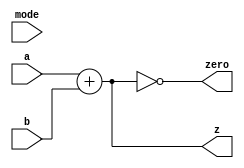
/* Generated by Yosys 0.23 (git sha1 7ce5011c24b, gcc 11.3.0 -fPIC -Os) */

(* hdlname = "\\ALU" *)
(* src = "rtl/mps/ALU.v:1.1-9.10" *)
module ALU(z, zero, a, b, mode);
  (* src = "rtl/mps/ALU.v:4.18-4.19" *)
  input [31:0] a;
  wire [31:0] a;
  (* src = "rtl/mps/ALU.v:4.21-4.22" *)
  input [31:0] b;
  wire [31:0] b;
  (* src = "rtl/mps/ALU.v:5.17-5.21" *)
  input [3:0] mode;
  wire [3:0] mode;
  (* src = "rtl/mps/ALU.v:2.19-2.20" *)
  output [31:0] z;
  wire [31:0] z;
  (* src = "rtl/mps/ALU.v:3.12-3.16" *)
  output zero;
  wire zero;
  assign z = a + (* src = "rtl/mps/ALU.v:7.16-7.21" *) b;
  assign zero = ! (* src = "rtl/mps/ALU.v:8.19-8.25" *) z;
endmodule

(* hdlname = "\\ALUControl" *)
(* src = "rtl/mps/ALUControl.v:1.1-7.10" *)
module ALUControl(mode, op, func);
  (* src = "rtl/mps/ALUControl.v:4.17-4.21" *)
  input [5:0] func;
  wire [5:0] func;
  (* src = "rtl/mps/ALUControl.v:2.18-2.22" *)
  output [3:0] mode;
  wire [3:0] mode;
  (* src = "rtl/mps/ALUControl.v:3.11-3.13" *)
  input op;
  wire op;
  assign mode = 4'h0;
endmodule

(* hdlname = "\\CPU" *)
(* top =  1  *)
(* src = "rtl/mps/CPU.v:1.1-104.10" *)
module CPU(instr, pc, rval, wval, addr, write, clock, nreset);
  (* src = "rtl/mps/CPU.v:56.16-56.41" *)
  wire [4:0] _0_;
  (* src = "rtl/mps/CPU.v:83.12-83.33" *)
  wire [31:0] _1_;
  (* src = "rtl/mps/CPU.v:5.25-5.29" *)
  output [31:0] addr;
  wire [31:0] addr;
  (* src = "rtl/mps/CPU.v:69.16-69.24" *)
  wire [3:0] alu_mode;
  (* src = "rtl/mps/CPU.v:36.16-36.22" *)
  wire alu_op;
  (* src = "rtl/mps/CPU.v:35.58-35.65" *)
  wire alu_sel;
  (* src = "rtl/mps/CPU.v:77.17-77.22" *)
  wire [31:0] alu_z;
  (* src = "rtl/mps/CPU.v:78.10-78.18" *)
  wire alu_zero;
  (* src = "rtl/mps/CPU.v:35.27-35.33" *)
  wire branch;
  (* src = "rtl/mps/CPU.v:7.11-7.16" *)
  input clock;
  wire clock;
  (* src = "rtl/mps/CPU.v:50.23-50.24" *)
  wire [31:0] d;
  (* src = "rtl/mps/CPU.v:22.16-22.20" *)
  wire [5:0] func;
  (* src = "rtl/mps/CPU.v:20.17-20.20" *)
  wire [15:0] imm;
  (* src = "rtl/mps/CPU.v:62.17-62.24" *)
  wire [31:0] imm_ext;
  (* src = "rtl/mps/CPU.v:2.18-2.23" *)
  input [31:0] instr;
  wire [31:0] instr;
  (* src = "rtl/mps/CPU.v:35.21-35.25" *)
  wire jump;
  (* src = "rtl/mps/CPU.v:21.17-21.26" *)
  wire [25:0] jump_addr;
  (* src = "rtl/mps/CPU.v:35.35-35.45" *)
  wire mem_to_reg;
  (* src = "rtl/mps/CPU.v:10.17-10.24" *)
  wire [31:0] next_pc;
  (* src = "rtl/mps/CPU.v:7.18-7.24" *)
  input nreset;
  wire nreset;
  (* src = "rtl/mps/CPU.v:22.22-22.24" *)
  wire [5:0] op;
  (* src = "rtl/mps/CPU.v:3.19-3.21" *)
  output [31:0] pc;
  wire [31:0] pc;
  (* src = "rtl/mps/CPU.v:19.30-19.35" *)
  wire [4:0] reg_d;
  (* src = "rtl/mps/CPU.v:35.10-35.19" *)
  wire reg_d_sel;
  (* src = "rtl/mps/CPU.v:19.16-19.21" *)
  wire [4:0] reg_s;
  (* src = "rtl/mps/CPU.v:19.23-19.28" *)
  wire [4:0] reg_t;
  (* src = "rtl/mps/CPU.v:35.67-35.76" *)
  wire reg_write;
  (* src = "rtl/mps/CPU.v:4.18-4.22" *)
  input [31:0] rval;
  wire [31:0] rval;
  (* src = "rtl/mps/CPU.v:50.17-50.18" *)
  wire [31:0] s;
  (* src = "rtl/mps/CPU.v:50.20-50.21" *)
  wire [31:0] t;
  (* src = "rtl/mps/CPU.v:6.12-6.17" *)
  output write;
  wire write;
  (* src = "rtl/mps/CPU.v:5.19-5.23" *)
  output [31:0] wval;
  wire [31:0] wval;
  assign _0_ = reg_d_sel ? (* src = "rtl/mps/CPU.v:56.16-56.41" *) reg_d : reg_t;
  assign _1_ = alu_sel ? (* src = "rtl/mps/CPU.v:83.12-83.33" *) imm_ext : t;
  assign d = mem_to_reg ? (* src = "rtl/mps/CPU.v:92.16-92.41" *) rval : alu_z;
  (* module_not_derived = 32'd1 *)
  (* src = "rtl/mps/CPU.v:79.9-85.6" *)
  ALU alu (
    .a(s),
    .b(_1_),
    .mode(alu_mode),
    .z(alu_z),
    .zero(alu_zero)
  );
  (* module_not_derived = 32'd1 *)
  (* src = "rtl/mps/CPU.v:70.16-74.6" *)
  ALUControl c_aluctrl (
    .func(func),
    .mode(alu_mode),
    .op(alu_op)
  );
  (* module_not_derived = 32'd1 *)
  (* src = "rtl/mps/CPU.v:37.13-47.6" *)
  Control c_ctrl (
    .alu_op(alu_op),
    .alu_sel(alu_sel),
    .branch(branch),
    .jump(jump),
    .mem_to_reg(mem_to_reg),
    .mem_write(write),
    .op(op),
    .reg_d_sel(reg_d_sel),
    .reg_write(reg_write)
  );
  (* module_not_derived = 32'd1 *)
  (* src = "rtl/mps/CPU.v:23.24-32.6" *)
  InstructionDecoder c_id (
    .func(func),
    .imm(imm),
    .instr(instr),
    .jump_addr(jump_addr),
    .op(op),
    .reg_d(reg_d),
    .reg_s(reg_s),
    .reg_t(reg_t)
  );
  (* module_not_derived = 32'd1 *)
  (* src = "rtl/mps/CPU.v:11.20-16.6" *)
  ProgramCounter c_pc (
    .clock(clock),
    .next_pc(next_pc),
    .nreset(nreset),
    .pc(pc)
  );
  (* module_not_derived = 32'd1 *)
  (* src = "rtl/mps/CPU.v:51.18-59.6" *)
  RegisterFile c_regfile (
    .d(d),
    .reg_d(_0_),
    .reg_s(reg_s),
    .reg_t(reg_t),
    .reg_write(reg_write),
    .s(s),
    .t(t)
  );
  (* module_not_derived = 32'd1 *)
  (* src = "rtl/mps/CPU.v:63.18-66.6" *)
  SignExtender c_se (
    .imm(imm),
    .imm_ext(imm_ext)
  );
  (* module_not_derived = 32'd1 *)
  (* src = "rtl/mps/CPU.v:95.12-103.6" *)
  PCNext pc_next (
    .addr(jump_addr),
    .branch(branch),
    .imm(imm_ext),
    .jump(jump),
    .next_pc(next_pc),
    .pc(pc),
    .zero(alu_zero)
  );
  assign addr = alu_z;
  assign wval = t;
endmodule

(* hdlname = "\\Control" *)
(* src = "rtl/mps/Control.v:3.1-9.10" *)
module Control(reg_d_sel, jump, branch, mem_to_reg, mem_write, alu_sel, reg_write, alu_op, op);
  (* src = "rtl/mps/Control.v:5.18-5.24" *)
  output alu_op;
  wire alu_op;
  (* src = "rtl/mps/Control.v:4.60-4.67" *)
  output alu_sel;
  wire alu_sel;
  (* src = "rtl/mps/Control.v:4.29-4.35" *)
  output branch;
  wire branch;
  (* src = "rtl/mps/Control.v:4.23-4.27" *)
  output jump;
  wire jump;
  (* src = "rtl/mps/Control.v:4.37-4.47" *)
  output mem_to_reg;
  wire mem_to_reg;
  (* src = "rtl/mps/Control.v:4.49-4.58" *)
  output mem_write;
  wire mem_write;
  (* src = "rtl/mps/Control.v:6.17-6.19" *)
  input [5:0] op;
  wire [5:0] op;
  (* src = "rtl/mps/Control.v:4.12-4.21" *)
  output reg_d_sel;
  wire reg_d_sel;
  (* src = "rtl/mps/Control.v:4.69-4.78" *)
  output reg_write;
  wire reg_write;
  assign jump = 1'h0;
endmodule

(* hdlname = "\\InstructionDecoder" *)
(* src = "rtl/mps/InstructionDecoder.v:1.1-15.10" *)
module InstructionDecoder(op, func, reg_s, reg_t, reg_d, imm, jump_addr, instr);
  (* src = "rtl/mps/InstructionDecoder.v:2.22-2.26" *)
  output [5:0] func;
  wire [5:0] func;
  (* src = "rtl/mps/InstructionDecoder.v:4.19-4.22" *)
  output [15:0] imm;
  wire [15:0] imm;
  (* src = "rtl/mps/InstructionDecoder.v:6.18-6.23" *)
  input [31:0] instr;
  wire [31:0] instr;
  (* src = "rtl/mps/InstructionDecoder.v:5.19-5.28" *)
  output [25:0] jump_addr;
  wire [25:0] jump_addr;
  (* src = "rtl/mps/InstructionDecoder.v:2.18-2.20" *)
  output [5:0] op;
  wire [5:0] op;
  (* src = "rtl/mps/InstructionDecoder.v:3.32-3.37" *)
  output [4:0] reg_d;
  wire [4:0] reg_d;
  (* src = "rtl/mps/InstructionDecoder.v:3.18-3.23" *)
  output [4:0] reg_s;
  wire [4:0] reg_s;
  (* src = "rtl/mps/InstructionDecoder.v:3.25-3.30" *)
  output [4:0] reg_t;
  wire [4:0] reg_t;
  assign func = instr[5:0];
  assign imm = instr[15:0];
  assign jump_addr = instr[25:0];
  assign op = instr[31:26];
  assign reg_d = instr[15:11];
  assign reg_s = instr[25:21];
  assign reg_t = instr[20:16];
endmodule

(* hdlname = "\\PCNext" *)
(* src = "rtl/mps/PCNext.v:1.1-11.10" *)
module PCNext(next_pc, pc, imm, addr, jump, branch, zero);
  (* src = "rtl/mps/PCNext.v:10.40-10.53" *)
  wire _0_;
  (* src = "rtl/mps/PCNext.v:10.39-10.75" *)
  wire [31:0] _1_;
  (* src = "rtl/mps/PCNext.v:4.18-4.22" *)
  input [25:0] addr;
  wire [25:0] addr;
  (* src = "rtl/mps/PCNext.v:5.17-5.23" *)
  input branch;
  wire branch;
  (* src = "rtl/mps/PCNext.v:3.22-3.25" *)
  input [31:0] imm;
  wire [31:0] imm;
  (* src = "rtl/mps/PCNext.v:5.11-5.15" *)
  input jump;
  wire jump;
  (* src = "rtl/mps/PCNext.v:2.19-2.26" *)
  output [31:0] next_pc;
  wire [31:0] next_pc;
  (* src = "rtl/mps/PCNext.v:3.18-3.20" *)
  input [31:0] pc;
  wire [31:0] pc;
  (* src = "rtl/mps/PCNext.v:9.17-9.26" *)
  wire [31:0] pc_branch;
  (* src = "rtl/mps/PCNext.v:7.17-7.23" *)
  wire [31:0] pc_inc;
  wire [29:0] pc_jump;
  (* src = "rtl/mps/PCNext.v:5.25-5.29" *)
  input zero;
  wire zero;
  assign pc_inc = pc + (* src = "rtl/mps/PCNext.v:7.26-7.32" *) 3'h4;
  assign pc_branch = pc_inc + (* src = "rtl/mps/PCNext.v:9.29-9.48" *) { imm[29:0], 2'h0 };
  assign _0_ = branch & (* src = "rtl/mps/PCNext.v:10.40-10.53" *) zero;
  assign next_pc = jump ? (* src = "rtl/mps/PCNext.v:10.22-10.75" *) { 2'h0, pc_inc[31:28], addr[23:0], 2'h0 } : _1_;
  assign _1_ = _0_ ? (* src = "rtl/mps/PCNext.v:10.39-10.75" *) pc_branch : pc_inc;
  assign pc_jump = { pc_inc[31:28], addr[23:0], 2'h0 };
endmodule

(* hdlname = "\\ProgramCounter" *)
(* src = "rtl/mps/ProgramCounter.v:1.1-13.10" *)
module ProgramCounter(pc, next_pc, clock, nreset);
  (* src = "rtl/mps/ProgramCounter.v:4.11-4.16" *)
  input clock;
  wire clock;
  (* src = "rtl/mps/ProgramCounter.v:3.18-3.25" *)
  input [31:0] next_pc;
  wire [31:0] next_pc;
  (* src = "rtl/mps/ProgramCounter.v:4.18-4.24" *)
  input nreset;
  wire nreset;
  (* src = "rtl/mps/ProgramCounter.v:2.23-2.25" *)
  output [31:0] pc;
  reg [31:0] pc;
  (* src = "rtl/mps/ProgramCounter.v:6.5-12.8" *)
  always @(posedge clock, negedge nreset)
    if (!nreset) pc <= 32'd0;
    else pc <= next_pc;
endmodule

(* hdlname = "\\RegisterFile" *)
(* src = "rtl/mps/RegisterFile.v:1.1-15.10" *)
module RegisterFile(s, t, reg_s, reg_t, reg_d, d, reg_write);
  (* src = "rtl/mps/RegisterFile.v:0.0-0.0" *)
  wire [31:0] _000_;
  (* src = "rtl/mps/RegisterFile.v:0.0-0.0" *)
  wire [31:0] _001_;
  wire _002_;
  wire _003_;
  wire _004_;
  wire _005_;
  wire _006_;
  wire _007_;
  wire _008_;
  wire _009_;
  wire _010_;
  wire _011_;
  wire _012_;
  wire _013_;
  wire _014_;
  wire _015_;
  wire _016_;
  wire _017_;
  wire _018_;
  wire _019_;
  wire _020_;
  wire _021_;
  wire _022_;
  wire _023_;
  wire _024_;
  wire _025_;
  wire _026_;
  wire _027_;
  wire _028_;
  wire _029_;
  wire _030_;
  wire _031_;
  wire _032_;
  wire _033_;
  wire _034_;
  wire _035_;
  wire _036_;
  wire _037_;
  wire _038_;
  wire _039_;
  wire _040_;
  wire _041_;
  wire _042_;
  wire _043_;
  wire _044_;
  wire _045_;
  wire _046_;
  wire _047_;
  wire _048_;
  wire _049_;
  wire _050_;
  wire _051_;
  wire _052_;
  wire _053_;
  wire _054_;
  wire _055_;
  wire _056_;
  wire _057_;
  wire _058_;
  wire _059_;
  wire _060_;
  wire _061_;
  wire _062_;
  wire _063_;
  wire _064_;
  wire _065_;
  wire _066_;
  wire _067_;
  wire _068_;
  wire _069_;
  wire _070_;
  wire _071_;
  wire _072_;
  wire _073_;
  wire _074_;
  wire _075_;
  wire _076_;
  wire _077_;
  wire _078_;
  wire _079_;
  wire _080_;
  wire _081_;
  wire _082_;
  wire _083_;
  wire _084_;
  wire _085_;
  wire _086_;
  wire _087_;
  wire _088_;
  wire _089_;
  wire _090_;
  wire _091_;
  wire _092_;
  wire _093_;
  wire _094_;
  wire _095_;
  (* src = "rtl/mps/RegisterFile.v:8.16-8.26" *)
  wire _096_;
  (* src = "rtl/mps/RegisterFile.v:9.16-9.26" *)
  wire _097_;
  (* src = "rtl/mps/RegisterFile.v:11.26-11.35" *)
  wire _098_;
  (* src = "rtl/mps/RegisterFile.v:11.13-11.35" *)
  wire _099_;
  wire _100_;
  wire _101_;
  wire _102_;
  wire _103_;
  wire _104_;
  wire _105_;
  wire _106_;
  wire _107_;
  wire _108_;
  wire _109_;
  wire _110_;
  wire _111_;
  wire _112_;
  wire _113_;
  wire _114_;
  wire _115_;
  wire _116_;
  wire _117_;
  wire _118_;
  wire _119_;
  wire _120_;
  wire _121_;
  wire _122_;
  wire _123_;
  wire _124_;
  wire _125_;
  wire _126_;
  wire _127_;
  wire _128_;
  wire _129_;
  wire _130_;
  wire _131_;
  wire _132_;
  wire _133_;
  wire _134_;
  wire _135_;
  wire _136_;
  wire _137_;
  wire _138_;
  wire _139_;
  wire _140_;
  wire _141_;
  wire _142_;
  wire _143_;
  wire _144_;
  wire _145_;
  wire _146_;
  wire _147_;
  wire _148_;
  wire _149_;
  wire _150_;
  wire _151_;
  wire _152_;
  wire _153_;
  wire _154_;
  wire _155_;
  wire _156_;
  wire _157_;
  wire _158_;
  wire _159_;
  wire _160_;
  wire _161_;
  wire _162_;
  wire _163_;
  wire _164_;
  wire _165_;
  wire _166_;
  wire _167_;
  wire _168_;
  wire _169_;
  wire _170_;
  wire _171_;
  wire _172_;
  wire _173_;
  wire _174_;
  wire _175_;
  wire _176_;
  wire _177_;
  wire _178_;
  wire _179_;
  wire _180_;
  wire _181_;
  wire _182_;
  wire _183_;
  wire _184_;
  wire _185_;
  wire _186_;
  wire _187_;
  wire _188_;
  wire _189_;
  wire _190_;
  wire _191_;
  wire _192_;
  (* src = "rtl/mps/RegisterFile.v:4.18-4.19" *)
  input [31:0] d;
  wire [31:0] d;
  (* src = "rtl/mps/RegisterFile.v:3.31-3.36" *)
  input [4:0] reg_d;
  wire [4:0] reg_d;
  (* src = "rtl/mps/RegisterFile.v:3.17-3.22" *)
  input [4:0] reg_s;
  wire [4:0] reg_s;
  (* src = "rtl/mps/RegisterFile.v:3.24-3.29" *)
  input [4:0] reg_t;
  wire [4:0] reg_t;
  (* src = "rtl/mps/RegisterFile.v:5.11-5.20" *)
  input reg_write;
  wire reg_write;
  (* src = "rtl/mps/RegisterFile.v:7.16-7.25" *)
  reg [31:0] \registers[10] ;
  (* src = "rtl/mps/RegisterFile.v:7.16-7.25" *)
  reg [31:0] \registers[11] ;
  (* src = "rtl/mps/RegisterFile.v:7.16-7.25" *)
  reg [31:0] \registers[12] ;
  (* src = "rtl/mps/RegisterFile.v:7.16-7.25" *)
  reg [31:0] \registers[13] ;
  (* src = "rtl/mps/RegisterFile.v:7.16-7.25" *)
  reg [31:0] \registers[14] ;
  (* src = "rtl/mps/RegisterFile.v:7.16-7.25" *)
  reg [31:0] \registers[15] ;
  (* src = "rtl/mps/RegisterFile.v:7.16-7.25" *)
  reg [31:0] \registers[16] ;
  (* src = "rtl/mps/RegisterFile.v:7.16-7.25" *)
  reg [31:0] \registers[17] ;
  (* src = "rtl/mps/RegisterFile.v:7.16-7.25" *)
  reg [31:0] \registers[18] ;
  (* src = "rtl/mps/RegisterFile.v:7.16-7.25" *)
  reg [31:0] \registers[19] ;
  (* src = "rtl/mps/RegisterFile.v:7.16-7.25" *)
  reg [31:0] \registers[1] ;
  (* src = "rtl/mps/RegisterFile.v:7.16-7.25" *)
  reg [31:0] \registers[20] ;
  (* src = "rtl/mps/RegisterFile.v:7.16-7.25" *)
  reg [31:0] \registers[21] ;
  (* src = "rtl/mps/RegisterFile.v:7.16-7.25" *)
  reg [31:0] \registers[22] ;
  (* src = "rtl/mps/RegisterFile.v:7.16-7.25" *)
  reg [31:0] \registers[23] ;
  (* src = "rtl/mps/RegisterFile.v:7.16-7.25" *)
  reg [31:0] \registers[24] ;
  (* src = "rtl/mps/RegisterFile.v:7.16-7.25" *)
  reg [31:0] \registers[25] ;
  (* src = "rtl/mps/RegisterFile.v:7.16-7.25" *)
  reg [31:0] \registers[26] ;
  (* src = "rtl/mps/RegisterFile.v:7.16-7.25" *)
  reg [31:0] \registers[27] ;
  (* src = "rtl/mps/RegisterFile.v:7.16-7.25" *)
  reg [31:0] \registers[28] ;
  (* src = "rtl/mps/RegisterFile.v:7.16-7.25" *)
  reg [31:0] \registers[29] ;
  (* src = "rtl/mps/RegisterFile.v:7.16-7.25" *)
  reg [31:0] \registers[2] ;
  (* src = "rtl/mps/RegisterFile.v:7.16-7.25" *)
  reg [31:0] \registers[30] ;
  (* src = "rtl/mps/RegisterFile.v:7.16-7.25" *)
  reg [31:0] \registers[31] ;
  (* src = "rtl/mps/RegisterFile.v:7.16-7.25" *)
  reg [31:0] \registers[3] ;
  (* src = "rtl/mps/RegisterFile.v:7.16-7.25" *)
  reg [31:0] \registers[4] ;
  (* src = "rtl/mps/RegisterFile.v:7.16-7.25" *)
  reg [31:0] \registers[5] ;
  (* src = "rtl/mps/RegisterFile.v:7.16-7.25" *)
  reg [31:0] \registers[6] ;
  (* src = "rtl/mps/RegisterFile.v:7.16-7.25" *)
  reg [31:0] \registers[7] ;
  (* src = "rtl/mps/RegisterFile.v:7.16-7.25" *)
  reg [31:0] \registers[8] ;
  (* src = "rtl/mps/RegisterFile.v:7.16-7.25" *)
  reg [31:0] \registers[9] ;
  (* src = "rtl/mps/RegisterFile.v:2.19-2.20" *)
  output [31:0] s;
  wire [31:0] s;
  (* src = "rtl/mps/RegisterFile.v:2.22-2.23" *)
  output [31:0] t;
  wire [31:0] t;
  assign _002_ = ~ (* src = "rtl/mps/RegisterFile.v:10.5-14.8" *) _117_;
  assign _003_ = ~ (* src = "rtl/mps/RegisterFile.v:10.5-14.8" *) _116_;
  assign _004_ = ~ (* src = "rtl/mps/RegisterFile.v:10.5-14.8" *) _115_;
  assign _005_ = ~ (* src = "rtl/mps/RegisterFile.v:10.5-14.8" *) _114_;
  assign _006_ = ~ (* src = "rtl/mps/RegisterFile.v:10.5-14.8" *) _113_;
  assign _007_ = ~ (* src = "rtl/mps/RegisterFile.v:10.5-14.8" *) _112_;
  assign _008_ = ~ (* src = "rtl/mps/RegisterFile.v:10.5-14.8" *) _111_;
  assign _009_ = ~ (* src = "rtl/mps/RegisterFile.v:10.5-14.8" *) _110_;
  assign _010_ = ~ (* src = "rtl/mps/RegisterFile.v:10.5-14.8" *) _109_;
  assign _011_ = ~ (* src = "rtl/mps/RegisterFile.v:10.5-14.8" *) _108_;
  assign _012_ = ~ (* src = "rtl/mps/RegisterFile.v:10.5-14.8" *) _107_;
  assign _013_ = ~ (* src = "rtl/mps/RegisterFile.v:10.5-14.8" *) _106_;
  assign _014_ = ~ (* src = "rtl/mps/RegisterFile.v:10.5-14.8" *) _105_;
  assign _015_ = ~ (* src = "rtl/mps/RegisterFile.v:10.5-14.8" *) _104_;
  assign _016_ = ~ (* src = "rtl/mps/RegisterFile.v:10.5-14.8" *) _103_;
  assign _017_ = ~ (* src = "rtl/mps/RegisterFile.v:10.5-14.8" *) _102_;
  assign _018_ = ~ (* src = "rtl/mps/RegisterFile.v:10.5-14.8" *) _101_;
  assign _019_ = ~ (* src = "rtl/mps/RegisterFile.v:10.5-14.8" *) _100_;
  assign _020_ = ~ (* src = "rtl/mps/RegisterFile.v:10.5-14.8" *) _099_;
  assign _021_ = ~ (* src = "rtl/mps/RegisterFile.v:10.5-14.8" *) _164_;
  assign _022_ = ~ (* src = "rtl/mps/RegisterFile.v:10.5-14.8" *) _160_;
  assign _023_ = ~ (* src = "rtl/mps/RegisterFile.v:10.5-14.8" *) _157_;
  assign _024_ = ~ (* src = "rtl/mps/RegisterFile.v:10.5-14.8" *) _153_;
  assign _025_ = ~ (* src = "rtl/mps/RegisterFile.v:10.5-14.8" *) _149_;
  assign _026_ = ~ (* src = "rtl/mps/RegisterFile.v:10.5-14.8" *) _144_;
  assign _027_ = ~ (* src = "rtl/mps/RegisterFile.v:10.5-14.8" *) _140_;
  assign _028_ = ~ (* src = "rtl/mps/RegisterFile.v:10.5-14.8" *) _137_;
  assign _029_ = ~ (* src = "rtl/mps/RegisterFile.v:10.5-14.8" *) _133_;
  assign _030_ = ~ (* src = "rtl/mps/RegisterFile.v:10.5-14.8" *) _129_;
  assign _031_ = ~ (* src = "rtl/mps/RegisterFile.v:10.5-14.8" *) _125_;
  assign _032_ = ~ (* src = "rtl/mps/RegisterFile.v:10.5-14.8" *) _122_;
  assign _033_ = ~ (* src = "rtl/mps/RegisterFile.v:10.5-14.8" *) _119_;
  assign _034_ = | (* src = "rtl/mps/RegisterFile.v:10.5-14.8" *) { _065_, _020_ };
  assign _035_ = | (* src = "rtl/mps/RegisterFile.v:10.5-14.8" *) { _066_, _020_ };
  assign _036_ = | (* src = "rtl/mps/RegisterFile.v:10.5-14.8" *) { _067_, _020_ };
  assign _037_ = | (* src = "rtl/mps/RegisterFile.v:10.5-14.8" *) { _068_, _020_ };
  assign _038_ = | (* src = "rtl/mps/RegisterFile.v:10.5-14.8" *) { _069_, _020_ };
  assign _039_ = | (* src = "rtl/mps/RegisterFile.v:10.5-14.8" *) { _070_, _020_ };
  assign _040_ = | (* src = "rtl/mps/RegisterFile.v:10.5-14.8" *) { _071_, _020_ };
  assign _041_ = | (* src = "rtl/mps/RegisterFile.v:10.5-14.8" *) { _072_, _020_ };
  assign _042_ = | (* src = "rtl/mps/RegisterFile.v:10.5-14.8" *) { _073_, _020_ };
  assign _043_ = | (* src = "rtl/mps/RegisterFile.v:10.5-14.8" *) { _074_, _020_ };
  assign _044_ = | (* src = "rtl/mps/RegisterFile.v:10.5-14.8" *) { _075_, _020_ };
  assign _045_ = | (* src = "rtl/mps/RegisterFile.v:10.5-14.8" *) { _076_, _020_ };
  assign _046_ = | (* src = "rtl/mps/RegisterFile.v:10.5-14.8" *) { _077_, _020_ };
  assign _047_ = | (* src = "rtl/mps/RegisterFile.v:10.5-14.8" *) { _078_, _020_ };
  assign _048_ = | (* src = "rtl/mps/RegisterFile.v:10.5-14.8" *) { _079_, _020_ };
  assign _049_ = | (* src = "rtl/mps/RegisterFile.v:10.5-14.8" *) { _080_, _020_ };
  assign _050_ = | (* src = "rtl/mps/RegisterFile.v:10.5-14.8" *) { _081_, _020_ };
  assign _051_ = | (* src = "rtl/mps/RegisterFile.v:10.5-14.8" *) { _082_, _020_ };
  assign _052_ = | (* src = "rtl/mps/RegisterFile.v:10.5-14.8" *) { _083_, _020_ };
  assign _053_ = | (* src = "rtl/mps/RegisterFile.v:10.5-14.8" *) { _084_, _020_ };
  assign _054_ = | (* src = "rtl/mps/RegisterFile.v:10.5-14.8" *) { _085_, _020_ };
  assign _055_ = | (* src = "rtl/mps/RegisterFile.v:10.5-14.8" *) { _086_, _020_ };
  assign _056_ = | (* src = "rtl/mps/RegisterFile.v:10.5-14.8" *) { _087_, _020_ };
  assign _057_ = | (* src = "rtl/mps/RegisterFile.v:10.5-14.8" *) { _088_, _020_ };
  assign _058_ = | (* src = "rtl/mps/RegisterFile.v:10.5-14.8" *) { _089_, _020_ };
  assign _059_ = | (* src = "rtl/mps/RegisterFile.v:10.5-14.8" *) { _090_, _020_ };
  assign _060_ = | (* src = "rtl/mps/RegisterFile.v:10.5-14.8" *) { _091_, _020_ };
  assign _061_ = | (* src = "rtl/mps/RegisterFile.v:10.5-14.8" *) { _092_, _020_ };
  assign _062_ = | (* src = "rtl/mps/RegisterFile.v:10.5-14.8" *) { _093_, _020_ };
  assign _063_ = | (* src = "rtl/mps/RegisterFile.v:10.5-14.8" *) { _094_, _020_ };
  assign _064_ = | (* src = "rtl/mps/RegisterFile.v:10.5-14.8" *) { _095_, _020_ };
  assign _065_ = _099_ & (* src = "rtl/mps/RegisterFile.v:10.5-14.8" *) _033_;
  assign _066_ = _099_ & (* src = "rtl/mps/RegisterFile.v:10.5-14.8" *) _002_;
  assign _067_ = _099_ & (* src = "rtl/mps/RegisterFile.v:10.5-14.8" *) _003_;
  assign _068_ = _099_ & (* src = "rtl/mps/RegisterFile.v:10.5-14.8" *) _004_;
  assign _069_ = _099_ & (* src = "rtl/mps/RegisterFile.v:10.5-14.8" *) _005_;
  assign _070_ = _099_ & (* src = "rtl/mps/RegisterFile.v:10.5-14.8" *) _006_;
  assign _071_ = _099_ & (* src = "rtl/mps/RegisterFile.v:10.5-14.8" *) _007_;
  assign _072_ = _099_ & (* src = "rtl/mps/RegisterFile.v:10.5-14.8" *) _008_;
  assign _073_ = _099_ & (* src = "rtl/mps/RegisterFile.v:10.5-14.8" *) _009_;
  assign _074_ = _099_ & (* src = "rtl/mps/RegisterFile.v:10.5-14.8" *) _010_;
  assign _075_ = _099_ & (* src = "rtl/mps/RegisterFile.v:10.5-14.8" *) _011_;
  assign _076_ = _099_ & (* src = "rtl/mps/RegisterFile.v:10.5-14.8" *) _012_;
  assign _077_ = _099_ & (* src = "rtl/mps/RegisterFile.v:10.5-14.8" *) _013_;
  assign _078_ = _099_ & (* src = "rtl/mps/RegisterFile.v:10.5-14.8" *) _014_;
  assign _079_ = _099_ & (* src = "rtl/mps/RegisterFile.v:10.5-14.8" *) _015_;
  assign _080_ = _099_ & (* src = "rtl/mps/RegisterFile.v:10.5-14.8" *) _016_;
  assign _081_ = _099_ & (* src = "rtl/mps/RegisterFile.v:10.5-14.8" *) _017_;
  assign _082_ = _099_ & (* src = "rtl/mps/RegisterFile.v:10.5-14.8" *) _018_;
  assign _083_ = _099_ & (* src = "rtl/mps/RegisterFile.v:10.5-14.8" *) _019_;
  assign _084_ = _099_ & (* src = "rtl/mps/RegisterFile.v:10.5-14.8" *) _021_;
  assign _085_ = _099_ & (* src = "rtl/mps/RegisterFile.v:10.5-14.8" *) _022_;
  assign _086_ = _099_ & (* src = "rtl/mps/RegisterFile.v:10.5-14.8" *) _023_;
  assign _087_ = _099_ & (* src = "rtl/mps/RegisterFile.v:10.5-14.8" *) _024_;
  assign _088_ = _099_ & (* src = "rtl/mps/RegisterFile.v:10.5-14.8" *) _025_;
  assign _089_ = _099_ & (* src = "rtl/mps/RegisterFile.v:10.5-14.8" *) _026_;
  assign _090_ = _099_ & (* src = "rtl/mps/RegisterFile.v:10.5-14.8" *) _027_;
  assign _091_ = _099_ & (* src = "rtl/mps/RegisterFile.v:10.5-14.8" *) _028_;
  assign _092_ = _099_ & (* src = "rtl/mps/RegisterFile.v:10.5-14.8" *) _029_;
  assign _093_ = _099_ & (* src = "rtl/mps/RegisterFile.v:10.5-14.8" *) _030_;
  assign _094_ = _099_ & (* src = "rtl/mps/RegisterFile.v:10.5-14.8" *) _031_;
  assign _095_ = _099_ & (* src = "rtl/mps/RegisterFile.v:10.5-14.8" *) _032_;
  (* src = "rtl/mps/RegisterFile.v:10.5-14.8" *)
  always @*
    if (!_034_) \registers[13]  = d;
  (* src = "rtl/mps/RegisterFile.v:10.5-14.8" *)
  always @*
    if (!_035_) \registers[14]  = d;
  (* src = "rtl/mps/RegisterFile.v:10.5-14.8" *)
  always @*
    if (!_036_) \registers[15]  = d;
  (* src = "rtl/mps/RegisterFile.v:10.5-14.8" *)
  always @*
    if (!_037_) \registers[16]  = d;
  (* src = "rtl/mps/RegisterFile.v:10.5-14.8" *)
  always @*
    if (!_038_) \registers[17]  = d;
  (* src = "rtl/mps/RegisterFile.v:10.5-14.8" *)
  always @*
    if (!_039_) \registers[18]  = d;
  (* src = "rtl/mps/RegisterFile.v:10.5-14.8" *)
  always @*
    if (!_040_) \registers[19]  = d;
  (* src = "rtl/mps/RegisterFile.v:10.5-14.8" *)
  always @*
    if (!_041_) \registers[20]  = d;
  (* src = "rtl/mps/RegisterFile.v:10.5-14.8" *)
  always @*
    if (!_042_) \registers[21]  = d;
  (* src = "rtl/mps/RegisterFile.v:10.5-14.8" *)
  always @*
    if (!_043_) \registers[22]  = d;
  (* src = "rtl/mps/RegisterFile.v:10.5-14.8" *)
  always @*
    if (!_044_) \registers[23]  = d;
  (* src = "rtl/mps/RegisterFile.v:10.5-14.8" *)
  always @*
    if (!_045_) \registers[24]  = d;
  (* src = "rtl/mps/RegisterFile.v:10.5-14.8" *)
  always @*
    if (!_046_) \registers[25]  = d;
  (* src = "rtl/mps/RegisterFile.v:10.5-14.8" *)
  always @*
    if (!_047_) \registers[26]  = d;
  (* src = "rtl/mps/RegisterFile.v:10.5-14.8" *)
  always @*
    if (!_048_) \registers[27]  = d;
  (* src = "rtl/mps/RegisterFile.v:10.5-14.8" *)
  always @*
    if (!_049_) \registers[28]  = d;
  (* src = "rtl/mps/RegisterFile.v:10.5-14.8" *)
  always @*
    if (!_050_) \registers[29]  = d;
  (* src = "rtl/mps/RegisterFile.v:10.5-14.8" *)
  always @*
    if (!_051_) \registers[30]  = d;
  (* src = "rtl/mps/RegisterFile.v:10.5-14.8" *)
  always @*
    if (!_052_) \registers[31]  = d;
  (* src = "rtl/mps/RegisterFile.v:10.5-14.8" *)
  always @*
    if (!_053_) \registers[1]  = d;
  (* src = "rtl/mps/RegisterFile.v:10.5-14.8" *)
  always @*
    if (!_054_) \registers[2]  = d;
  (* src = "rtl/mps/RegisterFile.v:10.5-14.8" *)
  always @*
    if (!_055_) \registers[3]  = d;
  (* src = "rtl/mps/RegisterFile.v:10.5-14.8" *)
  always @*
    if (!_056_) \registers[4]  = d;
  (* src = "rtl/mps/RegisterFile.v:10.5-14.8" *)
  always @*
    if (!_057_) \registers[5]  = d;
  (* src = "rtl/mps/RegisterFile.v:10.5-14.8" *)
  always @*
    if (!_058_) \registers[6]  = d;
  (* src = "rtl/mps/RegisterFile.v:10.5-14.8" *)
  always @*
    if (!_059_) \registers[7]  = d;
  (* src = "rtl/mps/RegisterFile.v:10.5-14.8" *)
  always @*
    if (!_060_) \registers[8]  = d;
  (* src = "rtl/mps/RegisterFile.v:10.5-14.8" *)
  always @*
    if (!_061_) \registers[9]  = d;
  (* src = "rtl/mps/RegisterFile.v:10.5-14.8" *)
  always @*
    if (!_062_) \registers[10]  = d;
  (* src = "rtl/mps/RegisterFile.v:10.5-14.8" *)
  always @*
    if (!_063_) \registers[11]  = d;
  (* src = "rtl/mps/RegisterFile.v:10.5-14.8" *)
  always @*
    if (!_064_) \registers[12]  = d;
  assign _096_ = ! (* src = "rtl/mps/RegisterFile.v:8.16-8.26" *) reg_s;
  assign _097_ = ! (* src = "rtl/mps/RegisterFile.v:9.16-9.26" *) reg_t;
  assign _098_ = reg_d > (* src = "rtl/mps/RegisterFile.v:11.26-11.35" *) 1'h0;
  assign _099_ = reg_write && (* src = "rtl/mps/RegisterFile.v:11.13-11.35" *) _098_;
  assign _100_ = reg_d == (* full_case = 32'd1 *) (* src = "rtl/mps/RegisterFile.v:0.0-0.0" *) 5'h1f;
  assign _101_ = reg_d == (* full_case = 32'd1 *) (* src = "rtl/mps/RegisterFile.v:0.0-0.0" *) 5'h1e;
  assign _102_ = reg_d == (* full_case = 32'd1 *) (* src = "rtl/mps/RegisterFile.v:0.0-0.0" *) 5'h1d;
  assign _103_ = reg_d == (* full_case = 32'd1 *) (* src = "rtl/mps/RegisterFile.v:0.0-0.0" *) 5'h1c;
  assign _104_ = reg_d == (* full_case = 32'd1 *) (* src = "rtl/mps/RegisterFile.v:0.0-0.0" *) 5'h1b;
  assign _105_ = reg_d == (* full_case = 32'd1 *) (* src = "rtl/mps/RegisterFile.v:0.0-0.0" *) 5'h1a;
  assign _106_ = reg_d == (* full_case = 32'd1 *) (* src = "rtl/mps/RegisterFile.v:0.0-0.0" *) 5'h19;
  assign _107_ = reg_d == (* full_case = 32'd1 *) (* src = "rtl/mps/RegisterFile.v:0.0-0.0" *) 5'h18;
  assign _108_ = reg_d == (* full_case = 32'd1 *) (* src = "rtl/mps/RegisterFile.v:0.0-0.0" *) 5'h17;
  assign _109_ = reg_d == (* full_case = 32'd1 *) (* src = "rtl/mps/RegisterFile.v:0.0-0.0" *) 5'h16;
  assign _110_ = reg_d == (* full_case = 32'd1 *) (* src = "rtl/mps/RegisterFile.v:0.0-0.0" *) 5'h15;
  assign _111_ = reg_d == (* full_case = 32'd1 *) (* src = "rtl/mps/RegisterFile.v:0.0-0.0" *) 5'h14;
  assign _112_ = reg_d == (* full_case = 32'd1 *) (* src = "rtl/mps/RegisterFile.v:0.0-0.0" *) 5'h13;
  assign _113_ = reg_d == (* full_case = 32'd1 *) (* src = "rtl/mps/RegisterFile.v:0.0-0.0" *) 5'h12;
  assign _114_ = reg_d == (* full_case = 32'd1 *) (* src = "rtl/mps/RegisterFile.v:0.0-0.0" *) 5'h11;
  assign _115_ = reg_d == (* full_case = 32'd1 *) (* src = "rtl/mps/RegisterFile.v:0.0-0.0" *) 5'h10;
  assign _116_ = reg_d == (* full_case = 32'd1 *) (* src = "rtl/mps/RegisterFile.v:0.0-0.0" *) 4'hf;
  assign _117_ = reg_d == (* full_case = 32'd1 *) (* src = "rtl/mps/RegisterFile.v:0.0-0.0" *) 4'he;
  function [31:0] _340_;
    input [31:0] a;
    input [991:0] b;
    input [30:0] s;
    (* full_case = 32'd1 *)
    (* src = "rtl/mps/RegisterFile.v:0.0-0.0" *)
    (* parallel_case *)
    casez (s)
      31'b??????????????????????????????1:
        _340_ = b[31:0];
      31'b?????????????????????????????1?:
        _340_ = b[63:32];
      31'b????????????????????????????1??:
        _340_ = b[95:64];
      31'b???????????????????????????1???:
        _340_ = b[127:96];
      31'b??????????????????????????1????:
        _340_ = b[159:128];
      31'b?????????????????????????1?????:
        _340_ = b[191:160];
      31'b????????????????????????1??????:
        _340_ = b[223:192];
      31'b???????????????????????1???????:
        _340_ = b[255:224];
      31'b??????????????????????1????????:
        _340_ = b[287:256];
      31'b?????????????????????1?????????:
        _340_ = b[319:288];
      31'b????????????????????1??????????:
        _340_ = b[351:320];
      31'b???????????????????1???????????:
        _340_ = b[383:352];
      31'b??????????????????1????????????:
        _340_ = b[415:384];
      31'b?????????????????1?????????????:
        _340_ = b[447:416];
      31'b????????????????1??????????????:
        _340_ = b[479:448];
      31'b???????????????1???????????????:
        _340_ = b[511:480];
      31'b??????????????1????????????????:
        _340_ = b[543:512];
      31'b?????????????1?????????????????:
        _340_ = b[575:544];
      31'b????????????1??????????????????:
        _340_ = b[607:576];
      31'b???????????1???????????????????:
        _340_ = b[639:608];
      31'b??????????1????????????????????:
        _340_ = b[671:640];
      31'b?????????1?????????????????????:
        _340_ = b[703:672];
      31'b????????1??????????????????????:
        _340_ = b[735:704];
      31'b???????1???????????????????????:
        _340_ = b[767:736];
      31'b??????1????????????????????????:
        _340_ = b[799:768];
      31'b?????1?????????????????????????:
        _340_ = b[831:800];
      31'b????1??????????????????????????:
        _340_ = b[863:832];
      31'b???1???????????????????????????:
        _340_ = b[895:864];
      31'b??1????????????????????????????:
        _340_ = b[927:896];
      31'b?1?????????????????????????????:
        _340_ = b[959:928];
      31'b1??????????????????????????????:
        _340_ = b[991:960];
      default:
        _340_ = a;
    endcase
  endfunction
  assign _001_ = _340_(32'hxxxxxxxx, { \registers[1] , \registers[2] , \registers[3] , \registers[4] , \registers[5] , \registers[6] , \registers[7] , \registers[8] , \registers[9] , \registers[10] , \registers[11] , \registers[12] , \registers[13] , \registers[14] , \registers[15] , \registers[16] , \registers[17] , \registers[18] , \registers[19] , \registers[20] , \registers[21] , \registers[22] , \registers[23] , \registers[24] , \registers[25] , \registers[26] , \registers[27] , \registers[28] , \registers[29] , \registers[30] , \registers[31]  }, { _159_, _158_, _156_, _155_, _154_, _152_, _151_, _150_, _148_, _147_, _146_, _145_, _143_, _142_, _141_, _139_, _138_, _136_, _135_, _134_, _132_, _131_, _130_, _128_, _127_, _126_, _124_, _123_, _121_, _120_, _118_ });
  assign _118_ = reg_t == (* full_case = 32'd1 *) (* src = "rtl/mps/RegisterFile.v:0.0-0.0" *) 5'h1f;
  assign _119_ = reg_d == (* full_case = 32'd1 *) (* src = "rtl/mps/RegisterFile.v:0.0-0.0" *) 4'hd;
  assign _120_ = reg_t == (* full_case = 32'd1 *) (* src = "rtl/mps/RegisterFile.v:0.0-0.0" *) 5'h1e;
  assign _121_ = reg_t == (* full_case = 32'd1 *) (* src = "rtl/mps/RegisterFile.v:0.0-0.0" *) 5'h1d;
  assign _122_ = reg_d == (* full_case = 32'd1 *) (* src = "rtl/mps/RegisterFile.v:0.0-0.0" *) 4'hc;
  assign _123_ = reg_t == (* full_case = 32'd1 *) (* src = "rtl/mps/RegisterFile.v:0.0-0.0" *) 5'h1c;
  assign _124_ = reg_t == (* full_case = 32'd1 *) (* src = "rtl/mps/RegisterFile.v:0.0-0.0" *) 5'h1b;
  assign _125_ = reg_d == (* full_case = 32'd1 *) (* src = "rtl/mps/RegisterFile.v:0.0-0.0" *) 4'hb;
  assign _126_ = reg_t == (* full_case = 32'd1 *) (* src = "rtl/mps/RegisterFile.v:0.0-0.0" *) 5'h1a;
  assign _127_ = reg_t == (* full_case = 32'd1 *) (* src = "rtl/mps/RegisterFile.v:0.0-0.0" *) 5'h19;
  assign _128_ = reg_t == (* full_case = 32'd1 *) (* src = "rtl/mps/RegisterFile.v:0.0-0.0" *) 5'h18;
  assign _129_ = reg_d == (* full_case = 32'd1 *) (* src = "rtl/mps/RegisterFile.v:0.0-0.0" *) 4'ha;
  assign _130_ = reg_t == (* full_case = 32'd1 *) (* src = "rtl/mps/RegisterFile.v:0.0-0.0" *) 5'h17;
  assign _131_ = reg_t == (* full_case = 32'd1 *) (* src = "rtl/mps/RegisterFile.v:0.0-0.0" *) 5'h16;
  assign _132_ = reg_t == (* full_case = 32'd1 *) (* src = "rtl/mps/RegisterFile.v:0.0-0.0" *) 5'h15;
  assign _133_ = reg_d == (* full_case = 32'd1 *) (* src = "rtl/mps/RegisterFile.v:0.0-0.0" *) 4'h9;
  assign _134_ = reg_t == (* full_case = 32'd1 *) (* src = "rtl/mps/RegisterFile.v:0.0-0.0" *) 5'h14;
  assign _135_ = reg_t == (* full_case = 32'd1 *) (* src = "rtl/mps/RegisterFile.v:0.0-0.0" *) 5'h13;
  assign _136_ = reg_t == (* full_case = 32'd1 *) (* src = "rtl/mps/RegisterFile.v:0.0-0.0" *) 5'h12;
  assign _137_ = reg_d == (* full_case = 32'd1 *) (* src = "rtl/mps/RegisterFile.v:0.0-0.0" *) 4'h8;
  assign _138_ = reg_t == (* full_case = 32'd1 *) (* src = "rtl/mps/RegisterFile.v:0.0-0.0" *) 5'h11;
  assign _139_ = reg_t == (* full_case = 32'd1 *) (* src = "rtl/mps/RegisterFile.v:0.0-0.0" *) 5'h10;
  assign _140_ = reg_d == (* full_case = 32'd1 *) (* src = "rtl/mps/RegisterFile.v:0.0-0.0" *) 3'h7;
  assign _141_ = reg_t == (* full_case = 32'd1 *) (* src = "rtl/mps/RegisterFile.v:0.0-0.0" *) 4'hf;
  assign _142_ = reg_t == (* full_case = 32'd1 *) (* src = "rtl/mps/RegisterFile.v:0.0-0.0" *) 4'he;
  assign _143_ = reg_t == (* full_case = 32'd1 *) (* src = "rtl/mps/RegisterFile.v:0.0-0.0" *) 4'hd;
  assign _144_ = reg_d == (* full_case = 32'd1 *) (* src = "rtl/mps/RegisterFile.v:0.0-0.0" *) 3'h6;
  assign _145_ = reg_t == (* full_case = 32'd1 *) (* src = "rtl/mps/RegisterFile.v:0.0-0.0" *) 4'hc;
  assign _146_ = reg_t == (* full_case = 32'd1 *) (* src = "rtl/mps/RegisterFile.v:0.0-0.0" *) 4'hb;
  assign _147_ = reg_t == (* full_case = 32'd1 *) (* src = "rtl/mps/RegisterFile.v:0.0-0.0" *) 4'ha;
  assign _148_ = reg_t == (* full_case = 32'd1 *) (* src = "rtl/mps/RegisterFile.v:0.0-0.0" *) 4'h9;
  assign _149_ = reg_d == (* full_case = 32'd1 *) (* src = "rtl/mps/RegisterFile.v:0.0-0.0" *) 3'h5;
  assign _150_ = reg_t == (* full_case = 32'd1 *) (* src = "rtl/mps/RegisterFile.v:0.0-0.0" *) 4'h8;
  assign _151_ = reg_t == (* full_case = 32'd1 *) (* src = "rtl/mps/RegisterFile.v:0.0-0.0" *) 3'h7;
  assign _152_ = reg_t == (* full_case = 32'd1 *) (* src = "rtl/mps/RegisterFile.v:0.0-0.0" *) 3'h6;
  assign _153_ = reg_d == (* full_case = 32'd1 *) (* src = "rtl/mps/RegisterFile.v:0.0-0.0" *) 3'h4;
  assign _154_ = reg_t == (* full_case = 32'd1 *) (* src = "rtl/mps/RegisterFile.v:0.0-0.0" *) 3'h5;
  assign _155_ = reg_t == (* full_case = 32'd1 *) (* src = "rtl/mps/RegisterFile.v:0.0-0.0" *) 3'h4;
  assign _156_ = reg_t == (* full_case = 32'd1 *) (* src = "rtl/mps/RegisterFile.v:0.0-0.0" *) 2'h3;
  assign _157_ = reg_d == (* full_case = 32'd1 *) (* src = "rtl/mps/RegisterFile.v:0.0-0.0" *) 2'h3;
  assign _158_ = reg_t == (* full_case = 32'd1 *) (* src = "rtl/mps/RegisterFile.v:0.0-0.0" *) 2'h2;
  assign _159_ = reg_t == (* full_case = 32'd1 *) (* src = "rtl/mps/RegisterFile.v:0.0-0.0" *) 1'h1;
  function [31:0] _383_;
    input [31:0] a;
    input [991:0] b;
    input [30:0] s;
    (* full_case = 32'd1 *)
    (* src = "rtl/mps/RegisterFile.v:0.0-0.0" *)
    (* parallel_case *)
    casez (s)
      31'b??????????????????????????????1:
        _383_ = b[31:0];
      31'b?????????????????????????????1?:
        _383_ = b[63:32];
      31'b????????????????????????????1??:
        _383_ = b[95:64];
      31'b???????????????????????????1???:
        _383_ = b[127:96];
      31'b??????????????????????????1????:
        _383_ = b[159:128];
      31'b?????????????????????????1?????:
        _383_ = b[191:160];
      31'b????????????????????????1??????:
        _383_ = b[223:192];
      31'b???????????????????????1???????:
        _383_ = b[255:224];
      31'b??????????????????????1????????:
        _383_ = b[287:256];
      31'b?????????????????????1?????????:
        _383_ = b[319:288];
      31'b????????????????????1??????????:
        _383_ = b[351:320];
      31'b???????????????????1???????????:
        _383_ = b[383:352];
      31'b??????????????????1????????????:
        _383_ = b[415:384];
      31'b?????????????????1?????????????:
        _383_ = b[447:416];
      31'b????????????????1??????????????:
        _383_ = b[479:448];
      31'b???????????????1???????????????:
        _383_ = b[511:480];
      31'b??????????????1????????????????:
        _383_ = b[543:512];
      31'b?????????????1?????????????????:
        _383_ = b[575:544];
      31'b????????????1??????????????????:
        _383_ = b[607:576];
      31'b???????????1???????????????????:
        _383_ = b[639:608];
      31'b??????????1????????????????????:
        _383_ = b[671:640];
      31'b?????????1?????????????????????:
        _383_ = b[703:672];
      31'b????????1??????????????????????:
        _383_ = b[735:704];
      31'b???????1???????????????????????:
        _383_ = b[767:736];
      31'b??????1????????????????????????:
        _383_ = b[799:768];
      31'b?????1?????????????????????????:
        _383_ = b[831:800];
      31'b????1??????????????????????????:
        _383_ = b[863:832];
      31'b???1???????????????????????????:
        _383_ = b[895:864];
      31'b??1????????????????????????????:
        _383_ = b[927:896];
      31'b?1?????????????????????????????:
        _383_ = b[959:928];
      31'b1??????????????????????????????:
        _383_ = b[991:960];
      default:
        _383_ = a;
    endcase
  endfunction
  assign _000_ = _383_(32'hxxxxxxxx, { \registers[1] , \registers[2] , \registers[3] , \registers[4] , \registers[5] , \registers[6] , \registers[7] , \registers[8] , \registers[9] , \registers[10] , \registers[11] , \registers[12] , \registers[13] , \registers[14] , \registers[15] , \registers[16] , \registers[17] , \registers[18] , \registers[19] , \registers[20] , \registers[21] , \registers[22] , \registers[23] , \registers[24] , \registers[25] , \registers[26] , \registers[27] , \registers[28] , \registers[29] , \registers[30] , \registers[31]  }, { _192_, _191_, _190_, _189_, _188_, _187_, _186_, _185_, _184_, _183_, _182_, _181_, _180_, _179_, _178_, _177_, _176_, _175_, _174_, _173_, _172_, _171_, _170_, _169_, _168_, _167_, _166_, _165_, _163_, _162_, _161_ });
  assign _160_ = reg_d == (* full_case = 32'd1 *) (* src = "rtl/mps/RegisterFile.v:0.0-0.0" *) 2'h2;
  assign _161_ = reg_s == (* full_case = 32'd1 *) (* src = "rtl/mps/RegisterFile.v:0.0-0.0" *) 5'h1f;
  assign _162_ = reg_s == (* full_case = 32'd1 *) (* src = "rtl/mps/RegisterFile.v:0.0-0.0" *) 5'h1e;
  assign _163_ = reg_s == (* full_case = 32'd1 *) (* src = "rtl/mps/RegisterFile.v:0.0-0.0" *) 5'h1d;
  assign _164_ = reg_d == (* full_case = 32'd1 *) (* src = "rtl/mps/RegisterFile.v:0.0-0.0" *) 1'h1;
  assign _165_ = reg_s == (* full_case = 32'd1 *) (* src = "rtl/mps/RegisterFile.v:0.0-0.0" *) 5'h1c;
  assign _166_ = reg_s == (* full_case = 32'd1 *) (* src = "rtl/mps/RegisterFile.v:0.0-0.0" *) 5'h1b;
  assign _167_ = reg_s == (* full_case = 32'd1 *) (* src = "rtl/mps/RegisterFile.v:0.0-0.0" *) 5'h1a;
  assign _168_ = reg_s == (* full_case = 32'd1 *) (* src = "rtl/mps/RegisterFile.v:0.0-0.0" *) 5'h19;
  assign _169_ = reg_s == (* full_case = 32'd1 *) (* src = "rtl/mps/RegisterFile.v:0.0-0.0" *) 5'h18;
  assign _170_ = reg_s == (* full_case = 32'd1 *) (* src = "rtl/mps/RegisterFile.v:0.0-0.0" *) 5'h17;
  assign _171_ = reg_s == (* full_case = 32'd1 *) (* src = "rtl/mps/RegisterFile.v:0.0-0.0" *) 5'h16;
  assign _172_ = reg_s == (* full_case = 32'd1 *) (* src = "rtl/mps/RegisterFile.v:0.0-0.0" *) 5'h15;
  assign _173_ = reg_s == (* full_case = 32'd1 *) (* src = "rtl/mps/RegisterFile.v:0.0-0.0" *) 5'h14;
  assign _174_ = reg_s == (* full_case = 32'd1 *) (* src = "rtl/mps/RegisterFile.v:0.0-0.0" *) 5'h13;
  assign _175_ = reg_s == (* full_case = 32'd1 *) (* src = "rtl/mps/RegisterFile.v:0.0-0.0" *) 5'h12;
  assign _176_ = reg_s == (* full_case = 32'd1 *) (* src = "rtl/mps/RegisterFile.v:0.0-0.0" *) 5'h11;
  assign _177_ = reg_s == (* full_case = 32'd1 *) (* src = "rtl/mps/RegisterFile.v:0.0-0.0" *) 5'h10;
  assign _178_ = reg_s == (* full_case = 32'd1 *) (* src = "rtl/mps/RegisterFile.v:0.0-0.0" *) 4'hf;
  assign _179_ = reg_s == (* full_case = 32'd1 *) (* src = "rtl/mps/RegisterFile.v:0.0-0.0" *) 4'he;
  assign _180_ = reg_s == (* full_case = 32'd1 *) (* src = "rtl/mps/RegisterFile.v:0.0-0.0" *) 4'hd;
  assign _181_ = reg_s == (* full_case = 32'd1 *) (* src = "rtl/mps/RegisterFile.v:0.0-0.0" *) 4'hc;
  assign _182_ = reg_s == (* full_case = 32'd1 *) (* src = "rtl/mps/RegisterFile.v:0.0-0.0" *) 4'hb;
  assign _183_ = reg_s == (* full_case = 32'd1 *) (* src = "rtl/mps/RegisterFile.v:0.0-0.0" *) 4'ha;
  assign _184_ = reg_s == (* full_case = 32'd1 *) (* src = "rtl/mps/RegisterFile.v:0.0-0.0" *) 4'h9;
  assign _185_ = reg_s == (* full_case = 32'd1 *) (* src = "rtl/mps/RegisterFile.v:0.0-0.0" *) 4'h8;
  assign _186_ = reg_s == (* full_case = 32'd1 *) (* src = "rtl/mps/RegisterFile.v:0.0-0.0" *) 3'h7;
  assign _187_ = reg_s == (* full_case = 32'd1 *) (* src = "rtl/mps/RegisterFile.v:0.0-0.0" *) 3'h6;
  assign _188_ = reg_s == (* full_case = 32'd1 *) (* src = "rtl/mps/RegisterFile.v:0.0-0.0" *) 3'h5;
  assign _189_ = reg_s == (* full_case = 32'd1 *) (* src = "rtl/mps/RegisterFile.v:0.0-0.0" *) 3'h4;
  assign _190_ = reg_s == (* full_case = 32'd1 *) (* src = "rtl/mps/RegisterFile.v:0.0-0.0" *) 2'h3;
  assign _191_ = reg_s == (* full_case = 32'd1 *) (* src = "rtl/mps/RegisterFile.v:0.0-0.0" *) 2'h2;
  assign _192_ = reg_s == (* full_case = 32'd1 *) (* src = "rtl/mps/RegisterFile.v:0.0-0.0" *) 1'h1;
  assign s = _096_ ? (* src = "rtl/mps/RegisterFile.v:8.16-8.49" *) 32'd0 : _000_;
  assign t = _097_ ? (* src = "rtl/mps/RegisterFile.v:9.16-9.49" *) 32'd0 : _001_;
endmodule

(* hdlname = "\\SignExtender" *)
(* src = "rtl/mps/SignExtender.v:1.1-6.10" *)
module SignExtender(imm_ext, imm);
  (* src = "rtl/mps/SignExtender.v:3.18-3.21" *)
  input [15:0] imm;
  wire [15:0] imm;
  (* src = "rtl/mps/SignExtender.v:2.19-2.26" *)
  output [31:0] imm_ext;
  wire [31:0] imm_ext;
  assign imm_ext = { imm[15], imm[15], imm[15], imm[15], imm[15], imm[15], imm[15], imm[15], imm[15], imm[15], imm[15], imm[15], imm[15], imm[15], imm[15], imm[15], imm };
endmodule